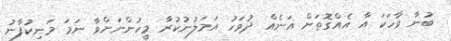
ބުނާ ވާހަކަ އާ އެއްގޮތަށް އަނެއް ދުވަހު އަމަލުނުކުރާ މީހުންނަށްވާ ނަމަ މަނިކުފާނު